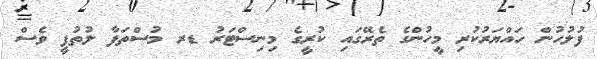
ފުލުހުން ހައްޔަރުކުރި މީހުންގެ ތެރޭގައި ކުރީގެ މިނިސްޓަރު ޑރ މުސްތަފާ ލުތުފީ ވެސް